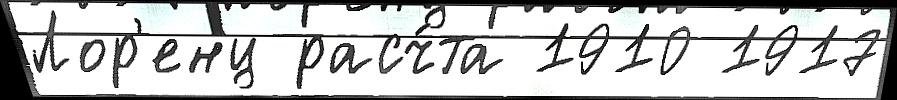
Лор'енц расч́та 1910 1917